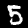
Digit: 5